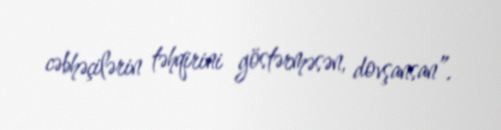
cəbhəçilərin təhqirini göstərməsən, dovşansan”.